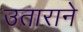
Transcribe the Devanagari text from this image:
उताराने